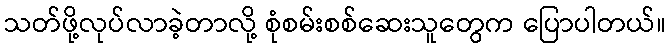
သတ်ဖို့လုပ်လာခဲ့တာလို့ စုံစမ်းစစ်ဆေးသူတွေက ပြောပါတယ်။